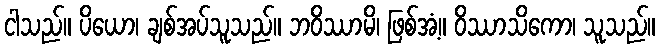
ငါသည်။ ပိယော၊ ချစ်အပ်သူသည်။ ဘဝိဿာမိ၊ ဖြစ်အံ့။ ဝိဿာသိကော၊ သူသည်။